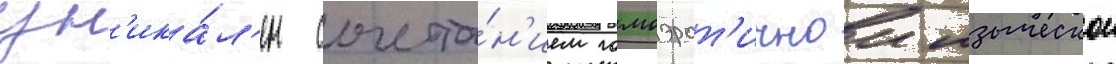
ун'ика́л'ен сочета́н'ием гомоэрот'ичнои языческои